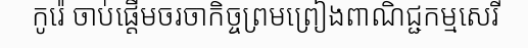
កូរ៉េ ចាប់ផ្តើមចរចាកិច្ចព្រមព្រៀងពាណិជ្ជកម្មសេរី